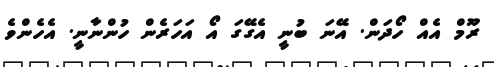
ރޫމް އެއް ހޯދަން. އޭނަ ބުނީ އެގޭގަ އޯ އަހަރެން ހުންނާނީ. އެހެންވެ